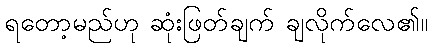
ရတော့မည်ဟု ဆုံးဖြတ်ချက် ချလိုက်လေ၏။